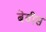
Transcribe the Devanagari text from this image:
बेवीस